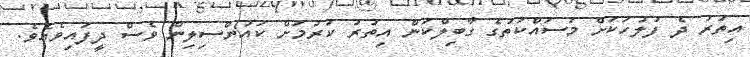
އިތުރު ދެ ފުލުހަކަށް މަސައްކަތުގެ ގާބިލްކަން އިތުރު ކުރުމަށް ކައުންސިލިން ވެސް ދީފައިވެއެވެ.